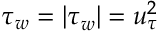
\tau _ { w } = | \boldsymbol \tau _ { w } | = u _ { \tau } ^ { 2 }